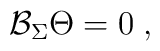
\mathcal{B}_\Sigma \Theta =0\;,